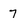
Character: 7